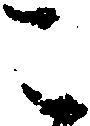
こ